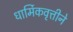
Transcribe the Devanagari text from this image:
धार्मिकवृत्तीने